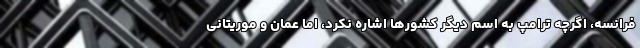
فرانسه، اگرچه ترامپ به اسم دیگر کشورها اشاره نکرد، اما عمان و موریتانی